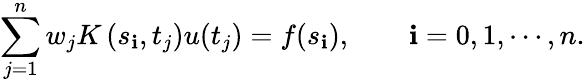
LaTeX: \sum_{j=1}^{n}w_{j}K\left(s_{\mathbf{i}},t_{j}\right)u(t_{j})=f(s_{\mathbf{i}}),\qquad\mathbf{i}=0,1,\cdots,n.